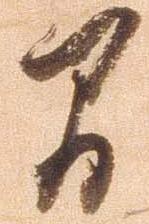
間